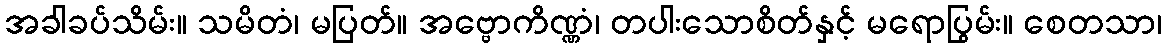
အခါခပ်သိမ်း။ သမိတံ၊ မပြတ်။ အဗ္ဗောကိဏ္ဏံ၊ တပါးသောစိတ်နှင့် မရောပြွမ်း။ စေတသာ၊